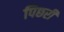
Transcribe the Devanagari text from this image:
पिछरी